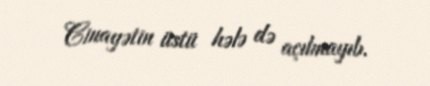
Cinayətin üstü hələ də açılmayıb.